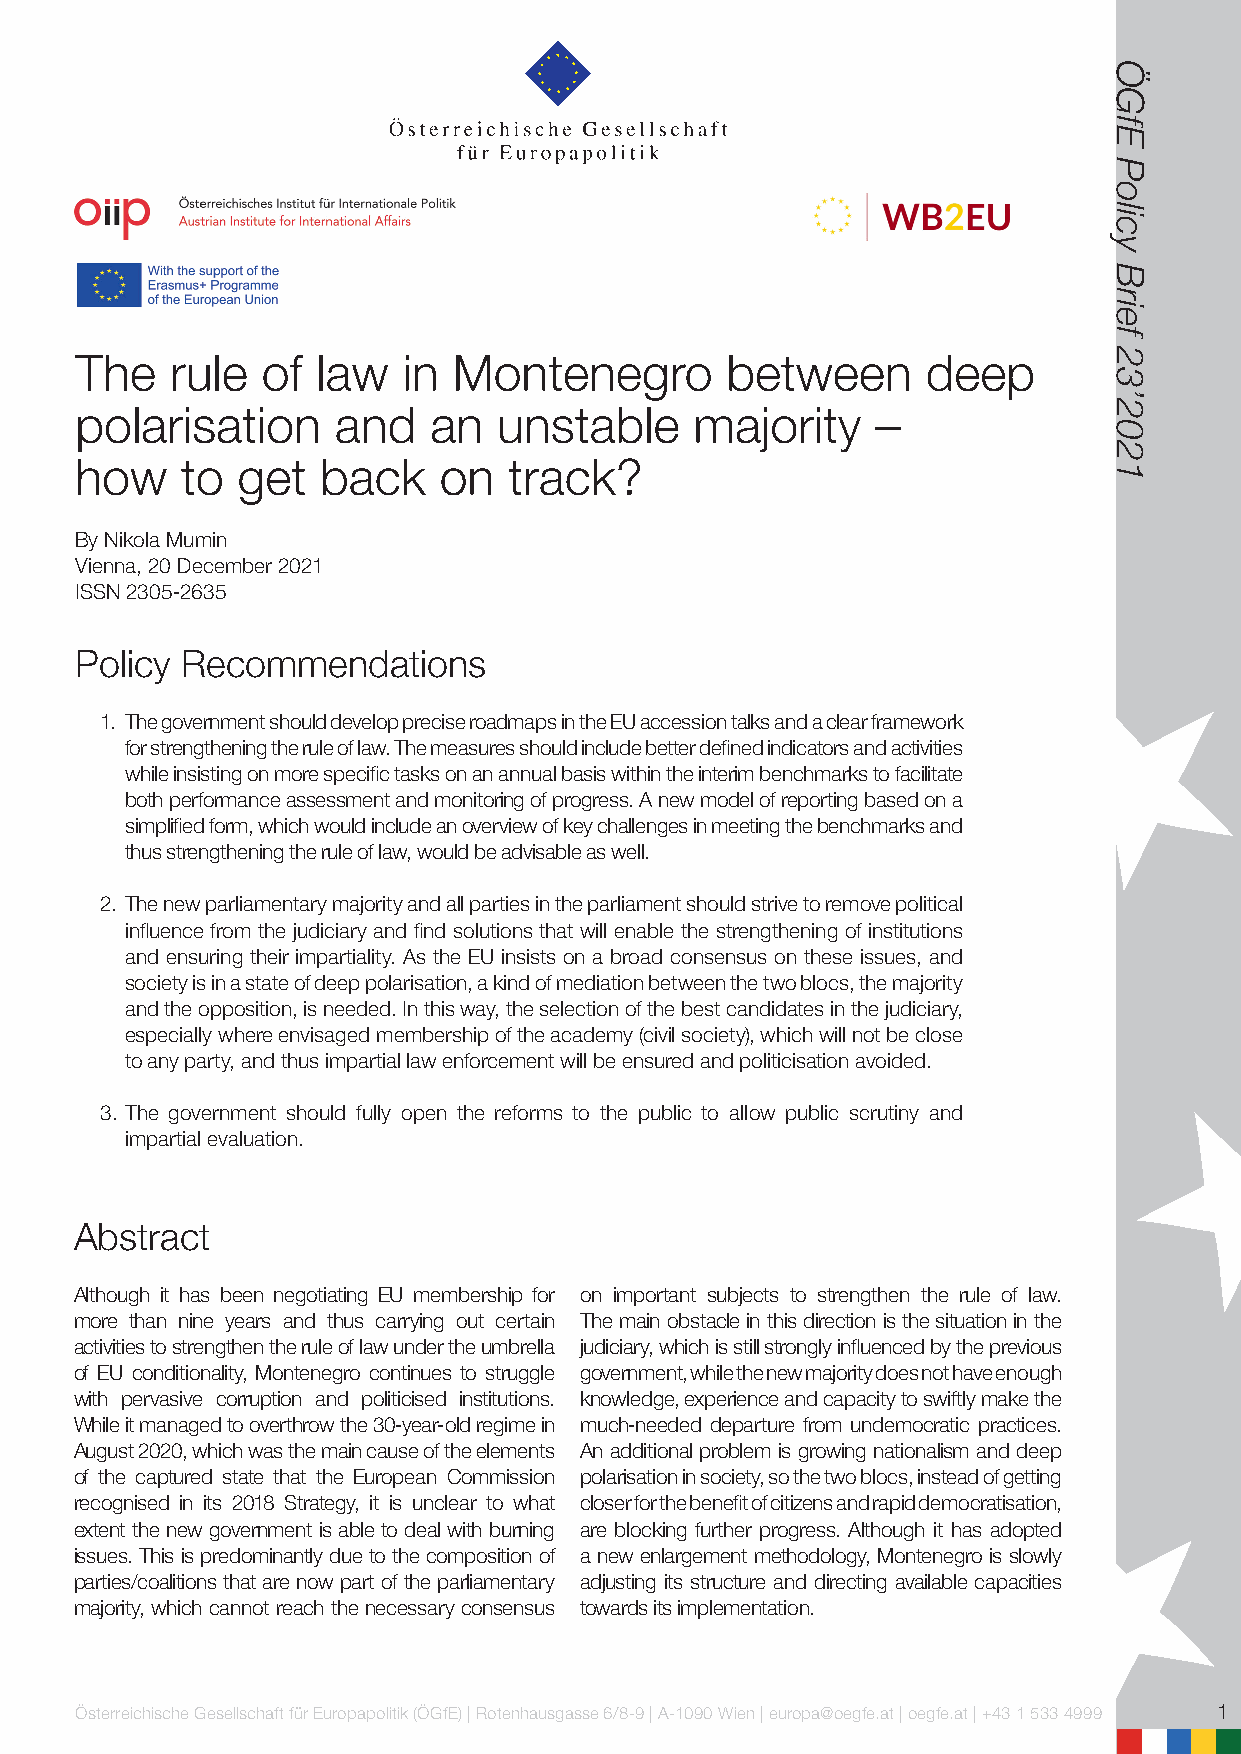
The   rule  of  law   in Montenegro        between      deep
 polarisation     and   an   unstable     majority    –
 how    to  get  back    on   track?
 By Nikola Mumin
 Vienna, 20 December 2021
 ISSN 2305-2635
 Policy Recommendations
 1. The government should develop precise roadmaps in the EU accession talks and a clear framework
 for strengthening the rule of law. The measures should include better defined indicators and activities
 while insisting on more specific tasks on an annual basis within the interim benchmarks to facilitate
 both performance assessment and monitoring of progress. A new model of reporting based on a
 simplified form, which would include an overview of key challenges in meeting the benchmarks and
 thus strengthening the rule of law, would be advisable as well.
 2. The new parliamentary majority and all parties in the parliament should strive to remove political
 influence from the judiciary and find solutions that will enable the strengthening of institutions
 and ensuring their impartiality. As the EU insists on a broad consensus on these issues, and
 society is in a state of deep polarisation, a kind of mediation between the two blocs, the majority
 and the opposition, is needed. In this way, the selection of the best candidates in the judiciary,
 especially where envisaged membership of the academy (civil society), which will not be close
 to any party, and thus impartial law enforcement will be ensured and politicisation avoided.
 3. The government should fully open the reforms to the public to allow public scrutiny and
 impartial evaluation.
 Abstract
 Although it has been negotiating EU membership for on important subjects to strengthen the rule of law.
 more than nine years and thus carrying out certain The main obstacle in this direction is the situation in the
 activities to strengthen the rule of law under the umbrella judiciary, which is still strongly influenced by the previous
 of EU conditionality, Montenegro continues to struggle government, while the new majority does not have enough
 with pervasive corruption and politicised institutions. knowledge, experience and capacity to swiftly make the
 While it managed to overthrow the 30-year-old regime in much-needed departure from undemocratic practices.
 August 2020, which was the main cause of the elements An additional problem is growing nationalism and deep
 of the captured state that the European Commission polarisation in society, so the two blocs, instead of getting
 recognised in its 2018 Strategy, it is unclear to what closer for the benefit of citizens and rapid democratisation,
 extent the new government is able to deal with burning are blocking further progress. Although it has adopted
 issues. This is predominantly due to the composition of a new enlargement methodology, Montenegro is slowly
 parties/coalitions that are now part of the parliamentary adjusting its structure and directing available capacities
 majority, which cannot reach the necessary consensus towards its implementation.
 Österreichische Gesellschaft für Europapolitik (ÖGfE) | Rotenhausgasse 6/8-9 | A-1090 Wien | europa@oegfe.at | oegfe.at | +43 1 533 4999 1
 ÖGfE
 Policy
 Brief
 23’2021